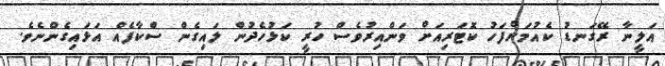
އަލީނާ ރޭގަނޑު ކެއުމަށްފަހު ކޮޓަރިއަށް ވަންއިރުވެސް ހުރީ ކަޅުހެދުން ލައިގެން ސްކާފެއް އަޅައިގެންނެވެ.